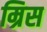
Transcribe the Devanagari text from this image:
म्रिस